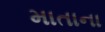
માતાના